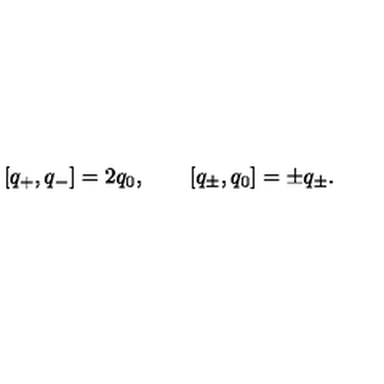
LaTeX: [ q _ { + } , q _ { - } ] = 2 q _ { 0 } , \qquad [ q _ { \pm } , q _ { 0 } ] = \pm q _ { \pm } .